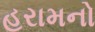
હરામનો